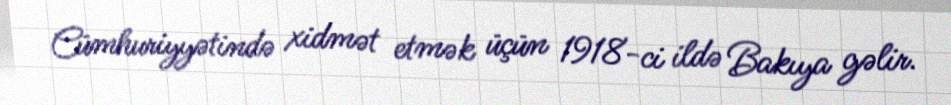
Cümhuriyyətində xidmət etmək üçün 1918-ci ildə Bakıya gəlir.